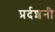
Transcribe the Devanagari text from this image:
प्रर्दशनी